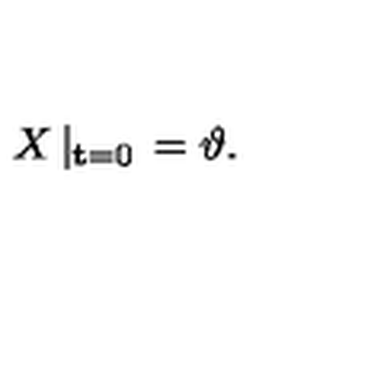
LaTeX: X \left| _ { { \bf t } = 0 } \right. = \mathrm { \boldmath \vartheta } .